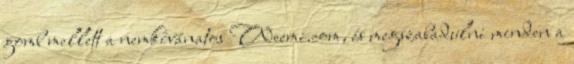
gomb mellett a nemkívánatos Weemi.com, és megszabadulni minden a